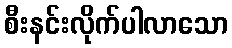
စီးနင်းလိုက်ပါလာသော